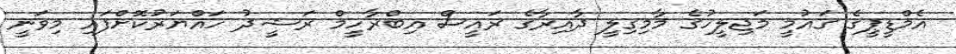
އެމްޑީޕީގެ ގައުމީ މަޖިލީހުގެ މާމިގިލީ ދާއިރާގެ ރައީސް އިބްރާހީމް ރަޝީދު ހައްޔަރުކޮށްފައި މިވަނީ